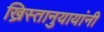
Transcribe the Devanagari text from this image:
ख्रिस्तानुयायांनी